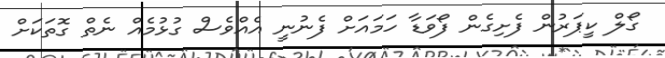
ގޯލް ކީޕަރުން ފެށިގެން ފޯވަޑާ ހަމައަށް ފެނުނީ އެއްވެސް ގުޅުމެއް ނެތް ގޮތަކަށް